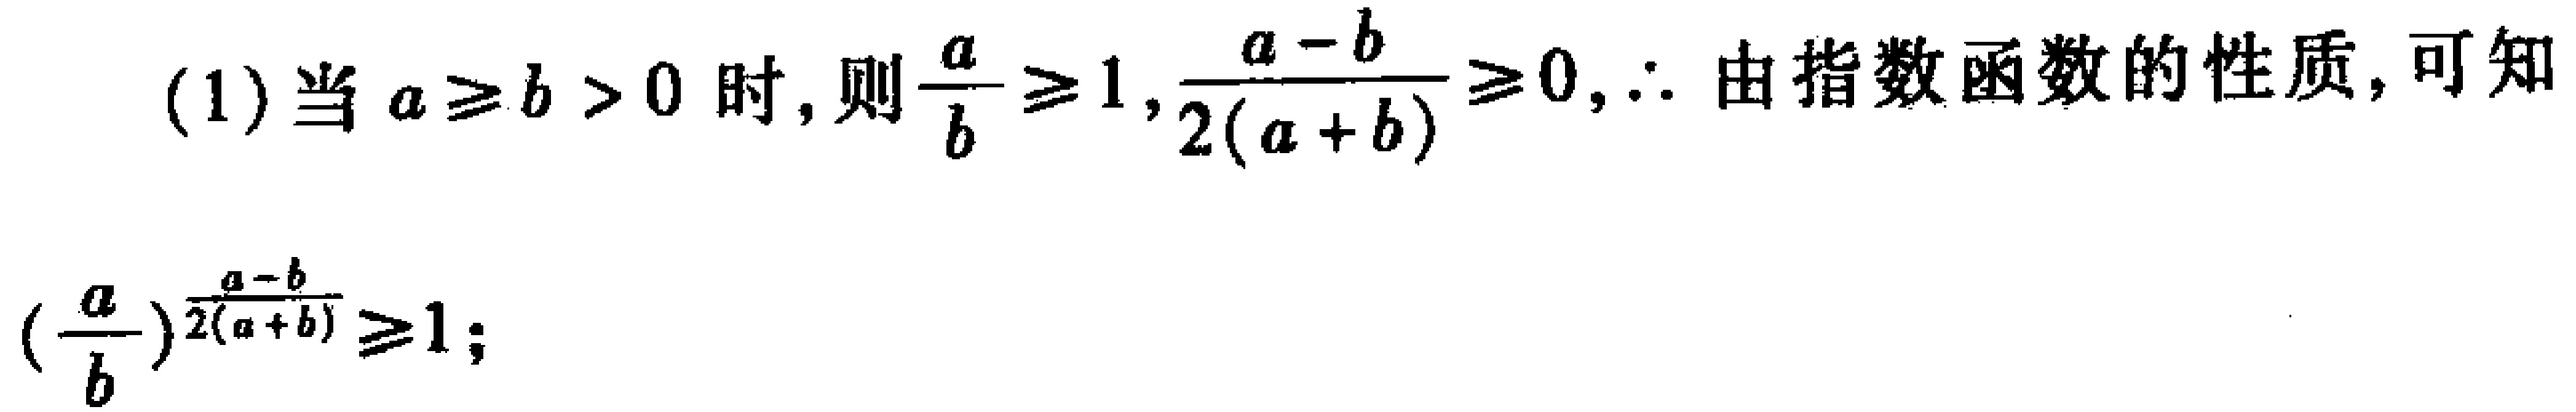
(1) 当 \(a\geq b > 0\) 时，则 \(\frac{a}{b}\geq1\)，\(\frac{a - b}{2(a + b)}\geq0\)，\(\therefore\) 由指数函数的性质，可知

\((\frac{a}{b})^{\frac{a - b}{2(a + b)}}\geq1\)；